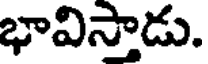
భావిస్తాడు.